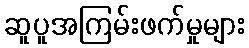
ဆူပူအကြမ်းဖက်မှုများ